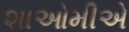
શાઓમીએ